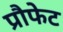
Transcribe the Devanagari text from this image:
प्रौफेट